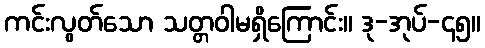
ကင်းလွတ်သော သတ္တဝါမရှိကြောင်း။ ဒု-အုပ်-၄၅။